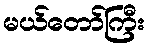
မယ်တော်ကြီး